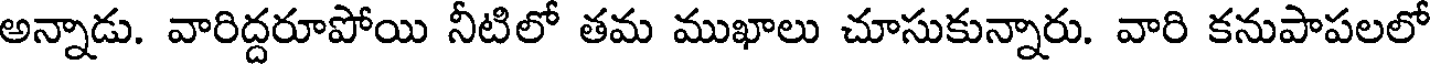
అన్నాడు. వారిద్దరూపోయి నీటిలో తమ ముఖాలు చూసుకున్నారు. వారి కనుపాపలలో